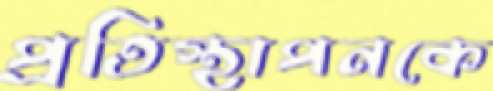
প্রতিস্থাপনকে